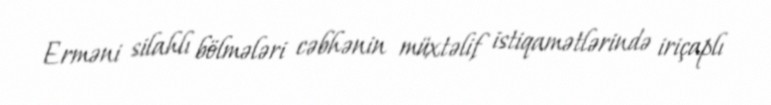
Erməni silahlı bölmələri cəbhənin müxtəlif istiqamətlərində iriçaplı